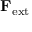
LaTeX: \mathbf { F } _ { \mathrm { e x t } }